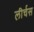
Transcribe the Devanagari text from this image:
लीर्चस